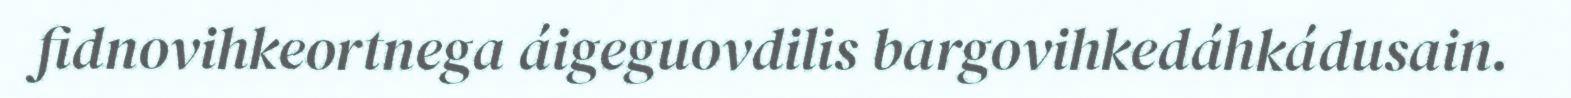
fidnovihkeortnega áigeguovdilis bargovihkedáhkádusain.